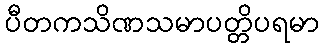
ပီတကသိဏသမာပတ္တိပရမာ